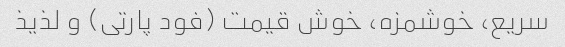
سریع، خوشمزه، خوش قیمت (فود پارتی) و لذیذ